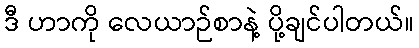
ဒီ ဟာကို လေယာဉ်စာနဲ့ ပို့ချင်ပါတယ်။